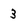
Character: 3